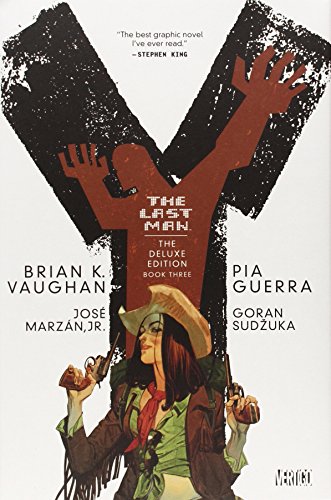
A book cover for Y: The Last Man, Book 3, Deluxe Edition; Brian K. Vaughan; Comics & Graphic Novels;